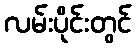
လမ်းပိုင်းတွင်